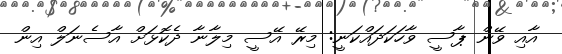
އާއި ވޭން ޕާސީ ވާހަކަދައްކަނީ: މިރޭ އޭސީ މިލާނާ ދެކޮޅަށް އާސެނަލް އިން